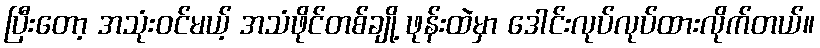
ပြီးတော့ အသုံးဝင်မယ့် အသံဖိုင်တစ်ချို့ ဖုန်းထဲမှာ ဒေါင်းလုပ်လုပ်ထားလိုက်တယ်။